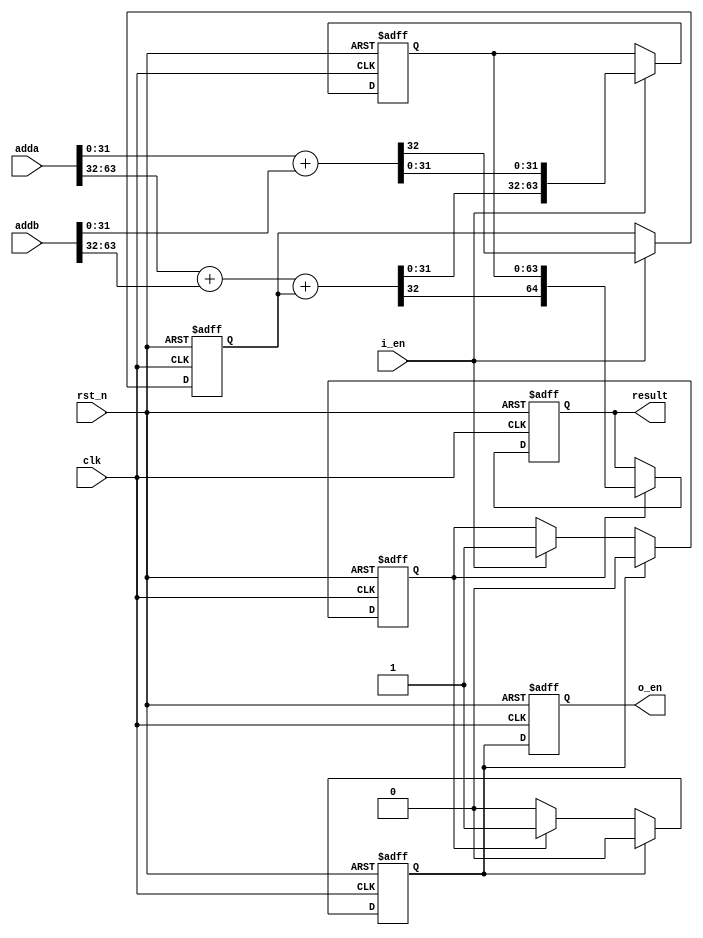
module adder_pipe_64bit (
    input clk,
    input rst_n,
    input i_en,
    input [63:0] adda,
    input [63:0] addb,
    output reg [64:0] result,
    output reg o_en
);

    // Pipeline stage registers
    reg [31:0] adda_stage1, addb_stage1;
    reg [63:0] sum_stage1;
    reg carry_stage1;
    reg stage1_en, stage2_en;

    // Intermediate sum and carry
    wire [31:0] sum_lower, sum_upper;
    wire carry_lower, carry_upper;

    // Lower 32-bit adder
    assign {carry_lower, sum_lower} = adda[31:0] + addb[31:0];

    // Upper 32-bit adder with carry-in
    assign {carry_upper, sum_upper} = adda[63:32] + addb[63:32] + carry_stage1;

    always @(posedge clk or negedge rst_n) begin
        if (!rst_n) begin
            // Reset all pipeline registers and outputs
            {adda_stage1, addb_stage1} <= 0;
            sum_stage1 <= 0;
            carry_stage1 <= 0;
            result <= 0;
            stage1_en <= 0;
            stage2_en <= 0;
            o_en <= 0;
        end else begin
            // Pipeline stage 1
            if (i_en) begin
                adda_stage1 <= adda[31:0];
                addb_stage1 <= addb[31:0];
                sum_stage1 <= {sum_upper, sum_lower};
                carry_stage1 <= carry_lower;
                stage1_en <= 1;
            end

            // Pipeline stage 2
            if (stage1_en) begin
                result <= {carry_upper, sum_stage1};
                stage2_en <= 1;
            end

            // Output enable logic
            o_en <= stage2_en;
            if (stage2_en) begin
                // Clear enable signals for the next operation
                stage1_en <= 0;
                stage2_en <= 0;
            end
        end
    end

endmodule